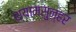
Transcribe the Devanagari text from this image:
श्यामसुन्हर